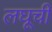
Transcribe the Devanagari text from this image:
लघूची